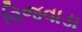
વિજવાડા